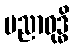
ပညာဝုဒ္ဓိ